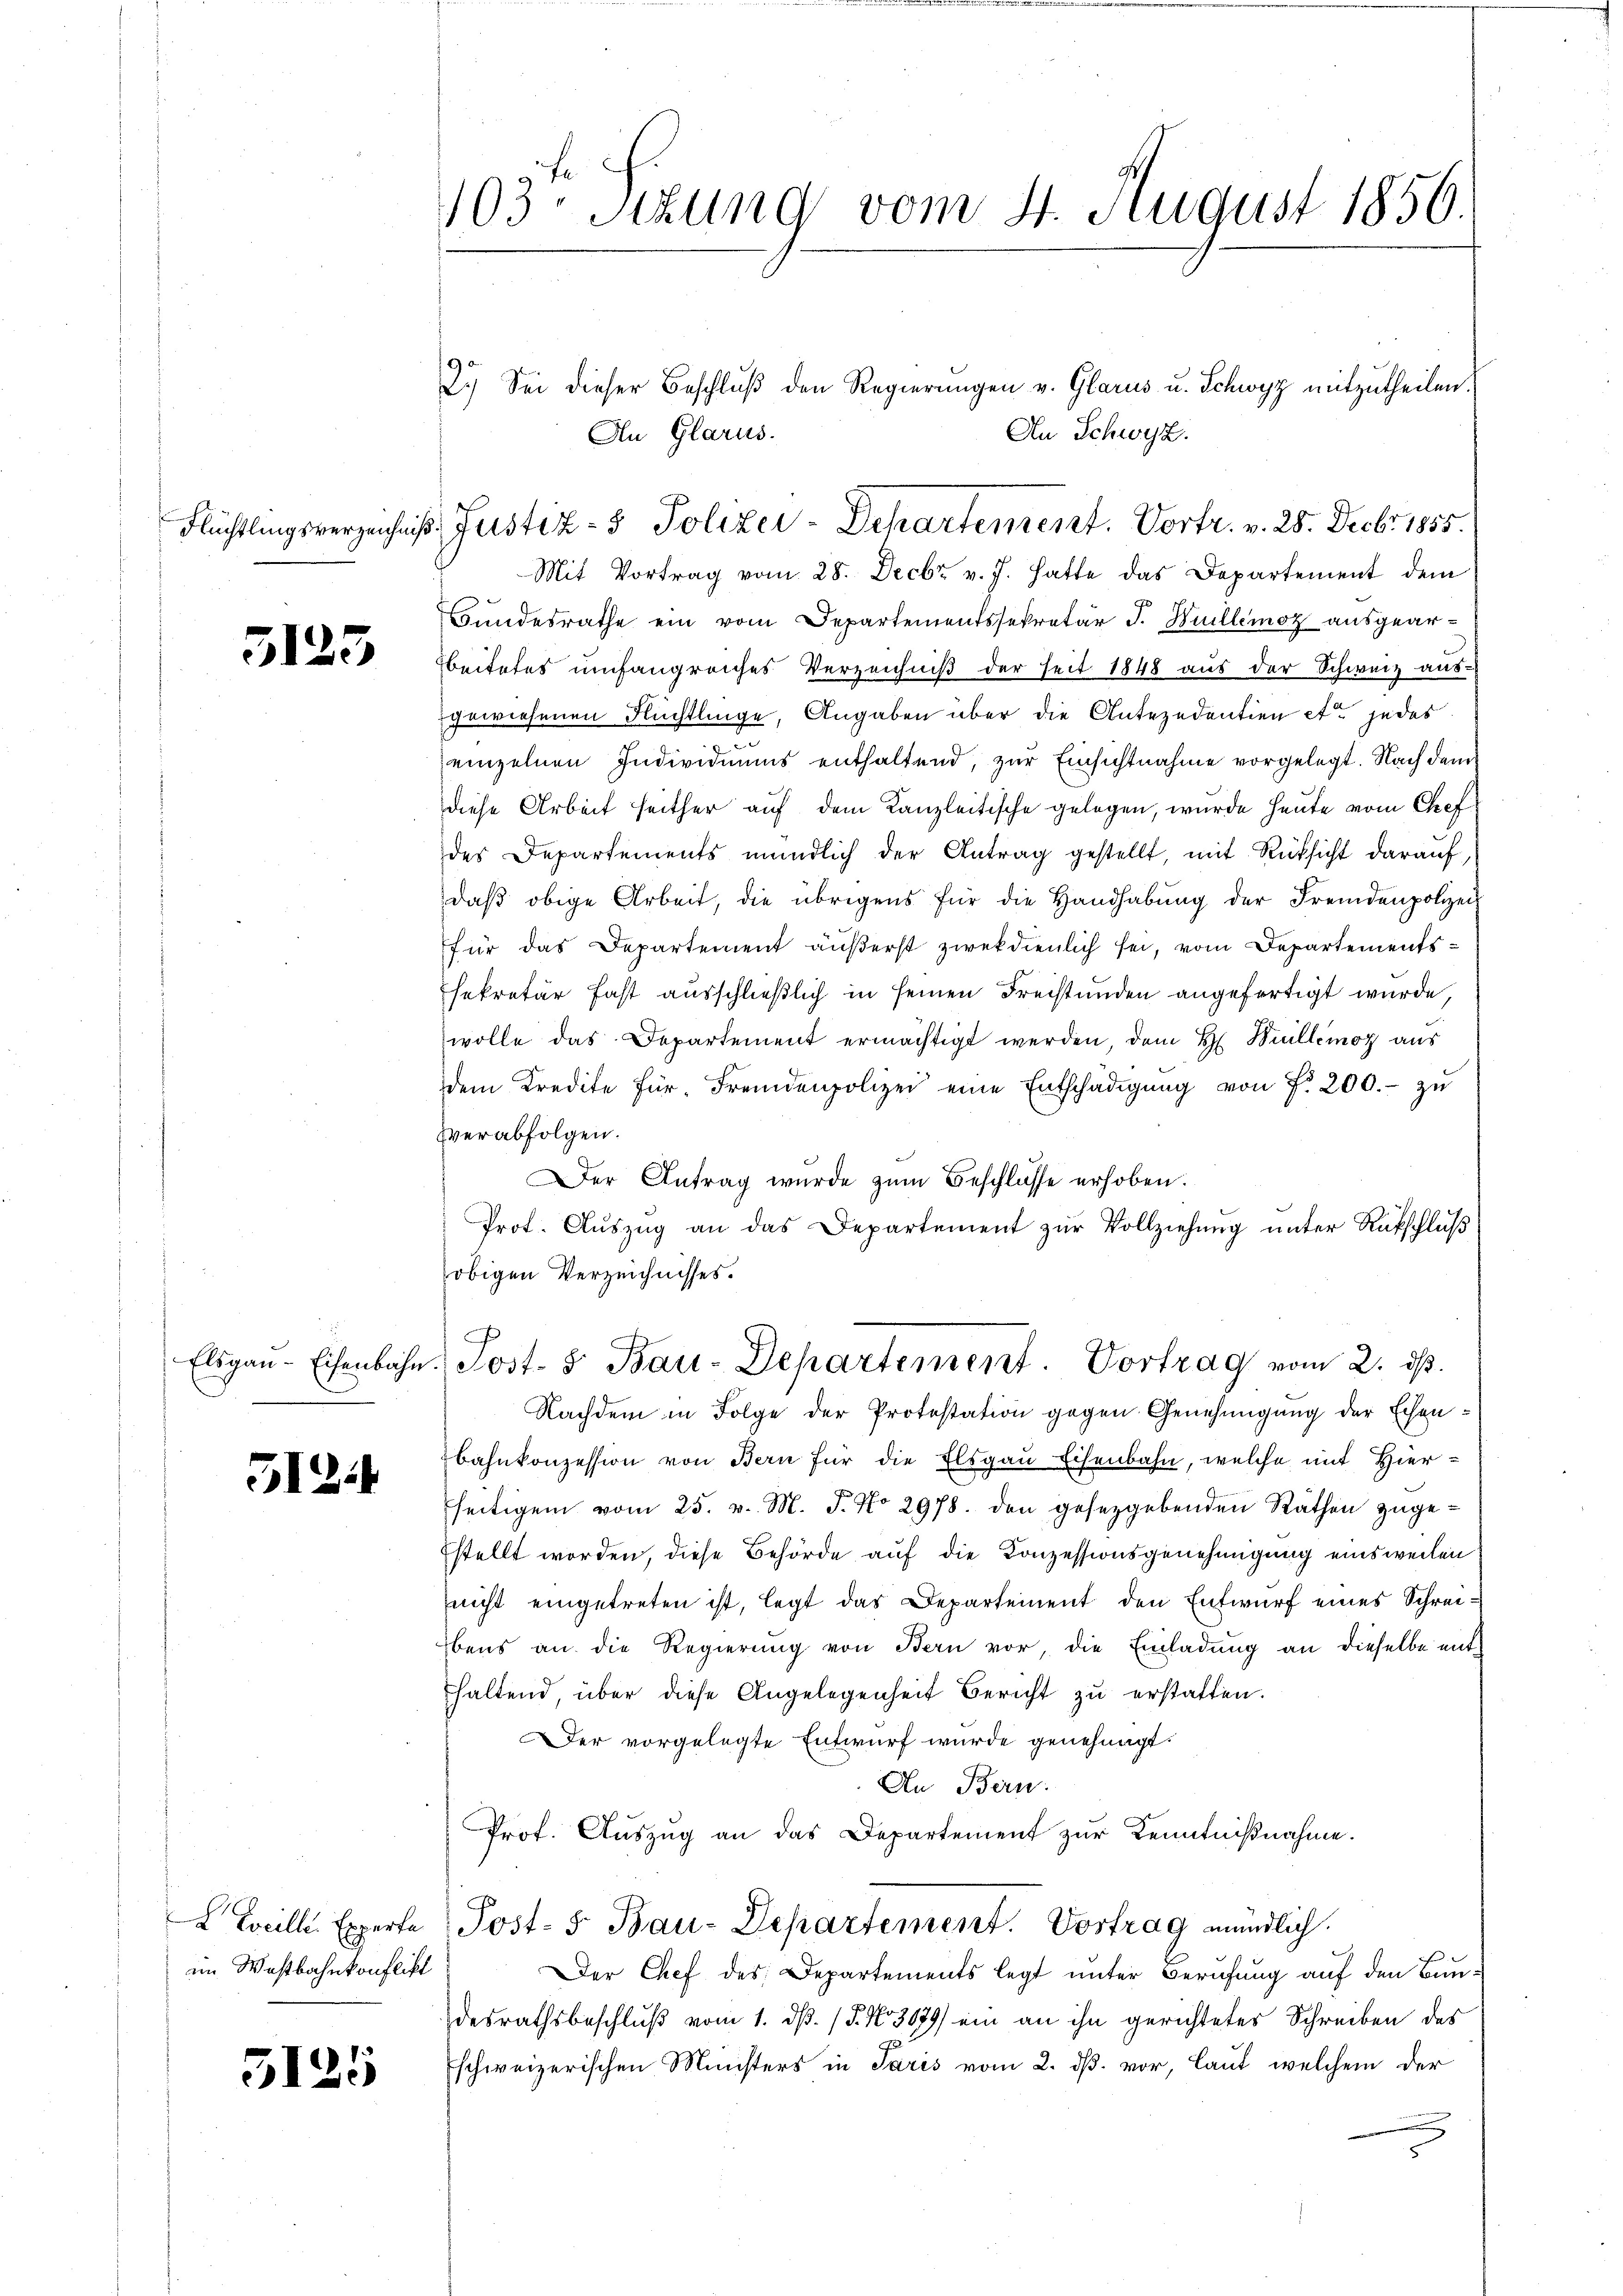
5125

5124

LLeille Experte
im Westbahnkonflikt

5125

103. Sitzung vom 4. August 1856.

2.) Sei dieser Beschluß den Regierungen v. Glarus u. Schwyz mitzutheilen.
An Schwyz.
An Glarus.
Flüchtlingsverzeichnis Justiz- & Polizei-Departement. Vortr. v. 28. Decbr. 1855.

Mit Vortrag vom 28. Decbr v. J. hatte das Departement dem
Bundesrathe ein vom Departementssekretär J. Willemoz ausgearbeitetes umfangreiches Verzeichniß der seit 1848 aus der Schweiz aus-
gewiesenen Flüchtlinge, Angaben über die Antezedentien et jedes
einzelnen Individuums enthaltend, zur Einsichtnahme vorgelegt. Nach dem
diese Arbeit seither auf dem Kanzleitische gelegen, wurde heute vom Chef
des Departements mündlich der Antrag gestellt, mit Rücksicht darauf,
daβ obige Arbeit, die übrigens für die Handhabŭng der Fremdenpolizei
für das Departement äußerst zwekdienlich sei, vom Departementssekretär fast ausschließlich in seinen Freistunden angefertigt wurde,
wolle das Departement ermächtigt werden, dem H. Billemog aus
dem Kredite für Fremdenpolizei eine Entschädigŭng von f. 200.- zu
verabfolgen.
Der Antrag wurde zum Beschlosse erhoben.
Prot. Auszug an das Departement zur Vollziehung unter Rückschluß
obigen Verzeichnisses.
Elsgaŭ-Eisenbahn. Post- & Bau-Departement. Vortrag vom 2. ds.
Nachdem in Folge der Protestation gegen Genehmigung der Echenbahnkonzession von Bern für die Elsgau Eisenbahn, welche mit Hierseitigen vom 25. v. M. J. No 2978. den gesetzgebenden Rathen zugestellt worden, diese Behörde auf die Konzessionsgenehmigung einsweilen
nicht eingetreten ist, legt das Departement den Entwurf eines Schrei¬
Ebens an die Regierung von Bern vor, die Einladung an dieselbe ent-
haltend, über diese Angelegenheit Bericht zu erstatten.
Der vorgelegte Entwurf wurde genehmigt.
An Bern.
Prof. Auszug an das Departement zur Kenntnißnahme.
Post- 5. Bau-Departement. Vortrag mündlich.
Der Chef des Departements legt unter Berufung auf den Bundesrathsbeschluß vom 1. d. 15. No 3079) ein an ihn gerichtetes Schreiben des
Eschweizerischen Ministers in Paris vom 2. ds. vor, laut, welchem der